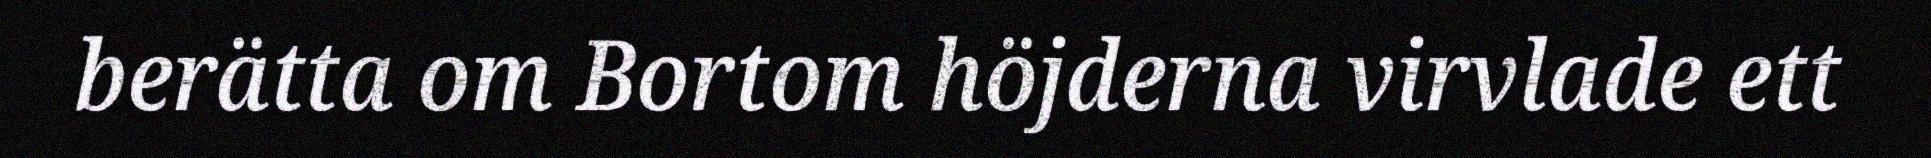
berätta om Bortom höjderna virvlade ett